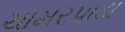
ચામરપાડા